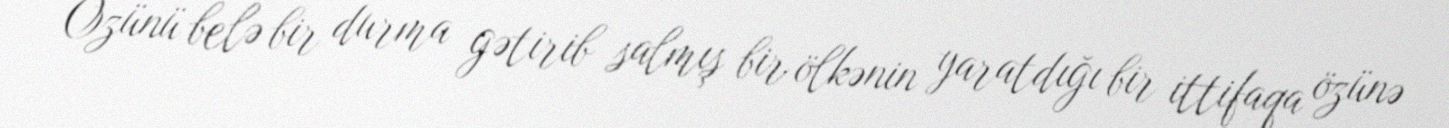
Özünü belə bir durma gətirib salmış bir ölkənin yaratdığı bir ittifaqa özünə